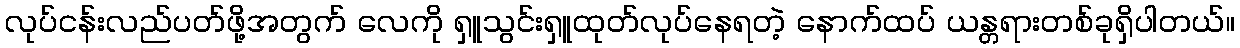
လုပ်ငန်းလည်ပတ်ဖို့အတွက် လေကို ရှူသွင်းရှူထုတ်လုပ်နေရတဲ့ နောက်ထပ် ယန္တရားတစ်ခုရှိပါတယ်။